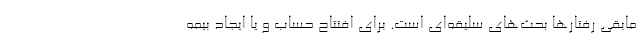
مابقی رفتارها بحث‌های سلیقه‌ای است. برای افتتاح حساب و یا ایجاد بیمه